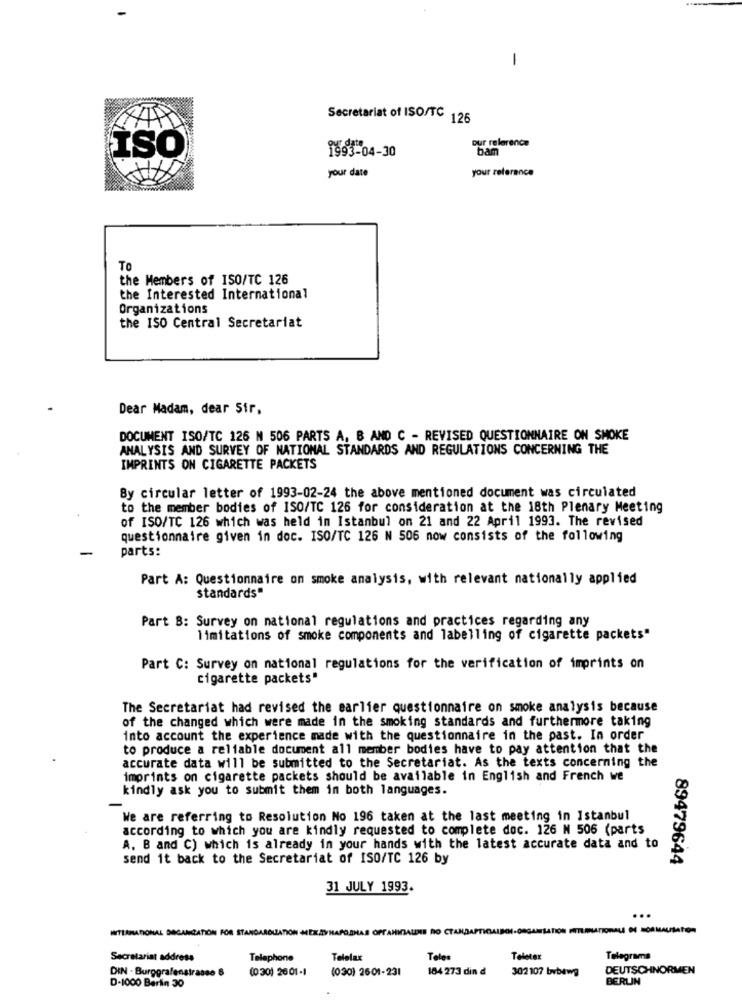
-
Secretariat of ISO/TC 126
pur relerence
ISO
bam
1993-04-30
your date
your reference
TO
the Members of ISO/TC 126
the Interested International
Organizations
the ISO Central Secretariat
Dear Madam, dear Sir.
DOCUMENT ISO/TC 126 N 506 PARTS A, B AND C - REVISED QUESTIONNAIRE ON SMOKE
ANALYSIS AND SURVEY OF NATIONAL STANDARDS AND REGULATIONS CONCERNING THE
IMPRINTS ON CIGARETTE PACKETS
By circular letter of 1993-02-24 the above mentioned document was circulated
to the member bodies of ISO/TC 126 for consideration at the 18th Plenary Meeting
of ISO/TC 126 which was held in Istanbul on 21 and 22 April 1993. The revised
questionnaire given in doc. ISO/TC 126 N 506 now consists of the following
-
parts:
Part A: Questionnaire on smoke analysis, with relevant nationally applied
standards"
Part B: Survey on national regulations and practices regarding any
limitations of smoke components and labelling of cigarette packets"
Part C: Survey on national regulations for the verification of imprints on
cigarette packets"
The Secretariat had revised the earlier questionnaire on smoke analysis because
of the changed which were made in the smoking standards and furthermore taking
into account the experience made with the questionnaire in the past. In order
to produce a reliable document all member bodies have to pay attention that the
accurate data will be submitted to the Secretariat. As the texts concerning the
imprints on cigarette packets should be available in English and French we
kindly ask you to submit them in both languages.
-
We are referring to Resolution No 196 taken at the last meeting in Istanbul
according to which you are kindly requested to complete doc. 126 N 506 (parts
A. B and C) which is already in your hands with the latest accurate data and to
send it back to the Secretariat of ISO/TC 126 by
89479644
31 JULY 1993.
...
INTERNATIONAL DEGAMATIÓN FOR STANDARGULATION MEXZYHAPOIHAS OPTANINALNIE NO CTANDAPTICALEGI-ORGANISATION MITLANATIONALE OU MORMAUSATON
Secretariat address
Telephone
Telelax
Teles
Teletex
Telegrams
DIN - Burggrafenstrasse 6
(0 30) 26 01-1
(030) 2601-231
184 273 din d
DEUTSCHNORMEN
302107 bvbawg
BERLIN
D-1000 Berlin 30